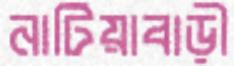
নাটিয়াবাড়ী